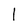
Character: 1